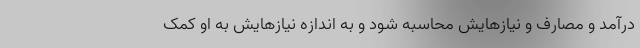
درآمد و مصارف و نیازهایش محاسبه شود و به اندازه نیازهایش به او کمک